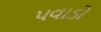
પવાડો